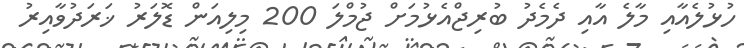
ހުޅުލެއާއި މާލެ އާއި ދެމެދު ބުރިޖްއެޅުމަށް ޖުމްލަ 200 މިލިއަން ޑޮލަރު ޚަރަދުވާއިރު